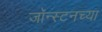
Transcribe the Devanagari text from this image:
जॉन्स्टनच्या